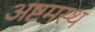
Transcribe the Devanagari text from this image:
अष्टमस्थ